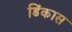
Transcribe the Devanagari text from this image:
डिंकास